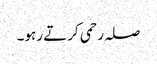
صلہ رحمی کرتے رہو۔